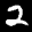
Label: 2